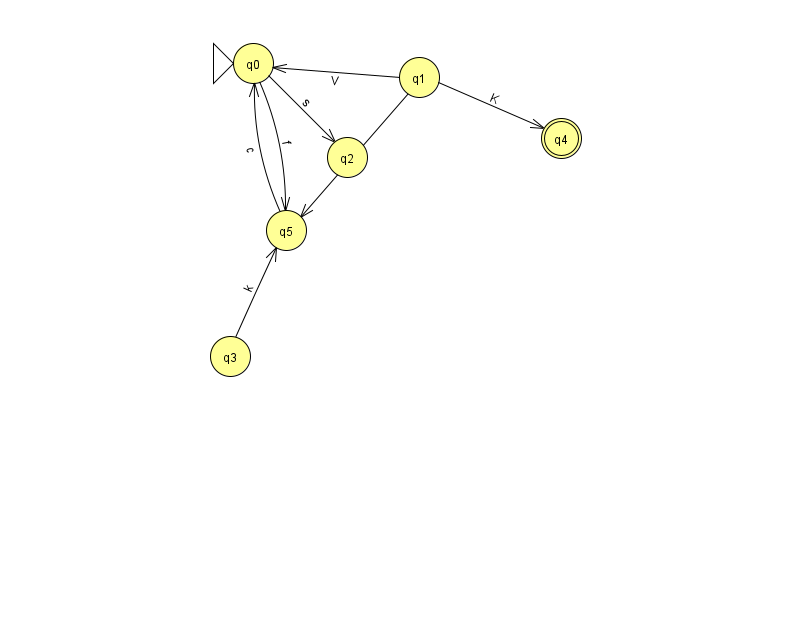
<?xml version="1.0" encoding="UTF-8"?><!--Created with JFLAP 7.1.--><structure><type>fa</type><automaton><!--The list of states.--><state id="0" name="q0"><x>253.0</x><y>50.0</y><initial/></state><state id="1" name="q1"><x>419.0</x><y>64.0</y></state><state id="2" name="q2"><x>347.0</x><y>144.0</y></state><state id="3" name="q3"><x>230.0</x><y>343.0</y></state><state id="4" name="q4"><x>561.0</x><y>125.0</y><final/></state><state id="5" name="q5"><x>286.0</x><y>217.0</y></state><!--The list of transitions.--><transition><from>1</from><to>0</to><read>V</read></transition><transition><from>1</from><to>5</to><read>I</read></transition><transition><from>1</from><to>4</to><read>K</read></transition><transition><from>0</from><to>2</to><read>s</read></transition><transition><from>3</from><to>5</to><read>k</read></transition><transition><from>0</from><to>5</to><read>f</read></transition><transition><from>5</from><to>0</to><read>c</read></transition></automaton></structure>